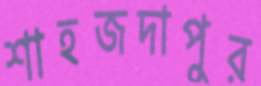
শাহজদাপুর